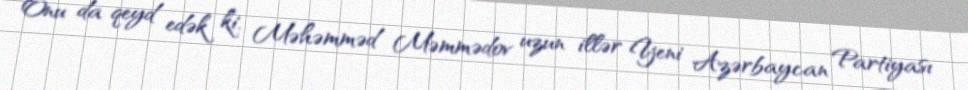
Onu da qeyd edək ki, Məhəmməd Məmmədov uzun illər Yeni Azərbaycan Partiyası